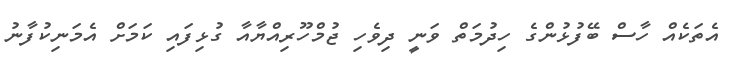
އެތަކެއް ހާސް ބޭފުޅުންގެ ހިދުމަތް ވަނީ ދިވެހި ޖުމްހޫރިއްޔާއާ ގުޅިފައި ކަމަށް އެމަނިކުފާނު